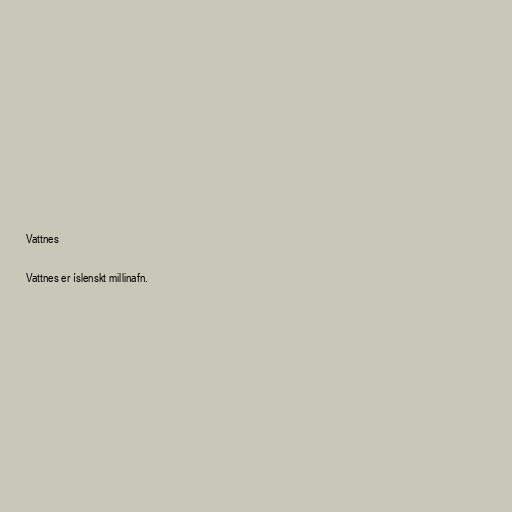
Vattnes

Vattnes er íslenskt millinafn.